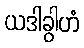
ယဒါခွါဟံ